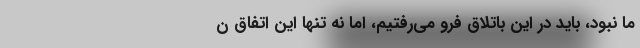
ما نبود، باید در این باتلاق فرو می‌رفتیم، اما نه تنها این اتفاق ن